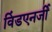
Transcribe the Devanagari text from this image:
विंडएनर्जी